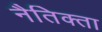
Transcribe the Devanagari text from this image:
नैतिक्ता